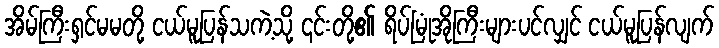
အိမ်ကြီးရှင်မမတို့ ငယ်မူပြန်သကဲ့သို့ ၎င်းတို့၏ ရိပ်မြုံအိုကြီးများပင်လျှင် ငယ်မူပြန်လျက်